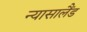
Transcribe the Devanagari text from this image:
न्यासालैंड